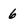
Character: 6